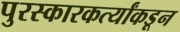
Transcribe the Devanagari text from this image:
पुरस्कारकर्त्यांकडून